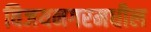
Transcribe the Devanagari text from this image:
विजयनगरमधील